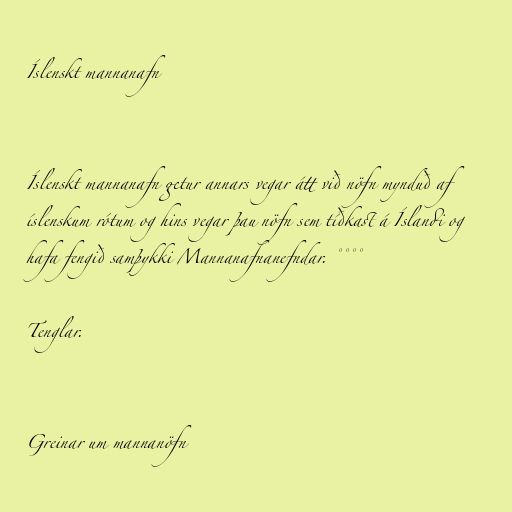
Íslenskt mannanafn

Íslenskt mannanafn getur annars vegar átt við nöfn mynduð af
íslenskum rótum og hins vegar þau nöfn sem tíðkast á Íslandi og
hafa fengið samþykki Mannanafnanefndar. °°°°

Tenglar.

Greinar um mannanöfn